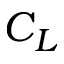
C _ { L }